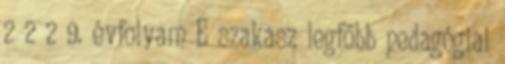
2 2 2 9. évfolyam E szakasz legfőbb pedagógiai